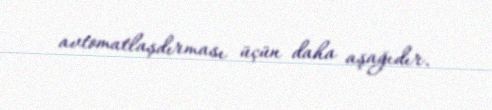
avtomatlaşdırması üçün daha aşağıdır.